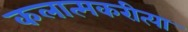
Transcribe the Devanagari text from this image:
कलात्मकरीत्या